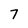
Character: 7